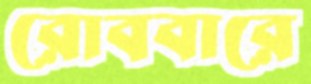
রোববারে